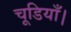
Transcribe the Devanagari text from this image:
चूडियाँ।